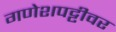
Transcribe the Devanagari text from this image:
गणेशपट्टीवर